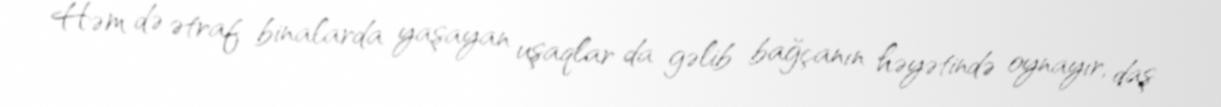
Həm də ətraf binalarda yaşayan uşaqlar da gəlib bağçanın həyətində oynayır, daş